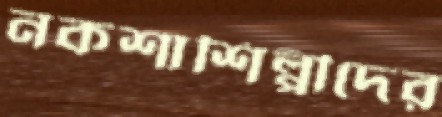
নকশাশিল্পীদের